Civil Veterinary Dept. Assam report 1911-1927 - 1911-1927
Year: 1911
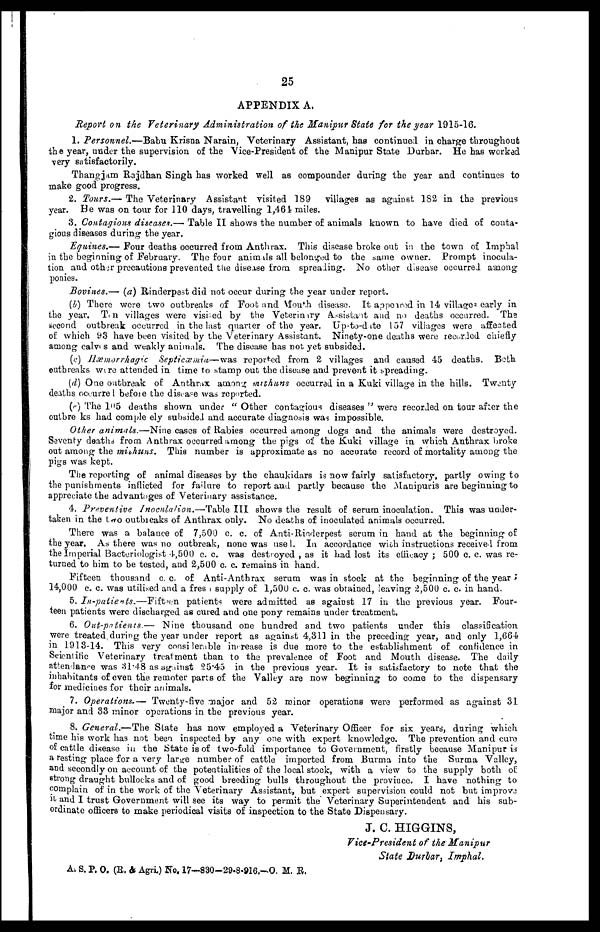
25
APPENDIX A.
Report on the Veterinary Administration of the Manipur State for the year 1915-16.
1. Personnel.—Babu Krisna Narain, Veterinary Assistant, has continued in charge throughout
the year, under the supervision of the Vice-President of the Manipur State Durbar. He has worked
very satisfactorily.
Thangjam Rajdhan Singh has worked well as compounder during the year and continues to
make good progress.
2. Tours.— The Veterinary Assistant visited 189 villages as against 182 in the previous
year. He was on tour for 110 days, travelling 1,464 miles.
3. Contagious disease.— Table II shows the number of animals known to have died of conta-
gious diseases during the year.
Eqiunes.— Four deaths occurred from Anthrax. This disease broke out in the town of Imphal
in the beginning of February. The four animals all belonged to the same owner. Prompt inocula-
tion and other precautions prevented the disease from spreading. No other disease occurred among
ponies.
Bovines.— (a) Rinderpest did not occur during the year under report.
(b) There were two outbreaks of Foot and Mouth disease. It appeimd in 14 villages early in
the year. Te n villages were visited by the Veterimry Assistant and no deaths occurred. The
second outbreak occurred in the last quarter of the year. Up-to-date 157 villages were affected
of which 93 have been visited by the Veterinary Assistant. Ninety-one deaths were recorded chiefly
among calves and weakly animals. The disease has not yet subsided.
(c) Hæmorrhagic Septicæmia—was reported from 2 villages and caused 45 deaths. Both
outbreaks were attended in time to stamp out the disease and prevent it spreading.
(d) One outbreak of Anthrax among mithuns occurred in a Kuki village in the hills. Twenty
deaths occurre 1 before the disease was reported.
(e) The 105 deaths shown under " Other contagious diseases " were recorded on tour after the
outbreks had comple ely subsided and accurate diagnosis was impossible.
Other animals.—Nine cases of Rabies occurred among dogs and the animals were destroyed.
Seventy deaths from Anthrax occurred among the pigs of the Kuki village in which Anthrax broke
out among the michuns. This number is approximate as no accurate record of mortality among the
pigs was kept.
The reporting of animal diseases by the chaukidars is now fairly satisfactory, partly owing to
the punishments inflicted for failure to report and partly because the Manipuris are beginning to
appreciate the advantages of Veterinary assistance.
4. Preventive Inoculation.—Table III shows the result of serum inoculation. This was under-
taken in the two outbreaks of Anthrax only. No deaths of inoculated animals occurred.
There was a balance of 7,500 c. c. of Anti-Rinderpest serum in hand at the beginning of
the year. As there was no outbreak, none was usel. In accordance with instructions receive 1 from
the Imperial Bacteriologist 4,500 c. c. was destroyed , as it had lost its effieacy ; 500 c. c. was re-
turned to him to be tested, and 2,500 c. c. remains in hand.
Fifteen thousand c. c. of Anti-Anthrax serum was in stock at the beginning of the year ;
14,000 c. c. was utilised and a fresh supply of 1,500 c. c. was obtained, leaving 2,500 c. c. in hand.
5. In-patients.—Fifteen
patients were admitted as against 17 in the previous year. Four-
teen patients were discharged as cured and one pony remains under treatment.
6. Out-patients.— Nine thousand one hundred and two patients under this classification
were treated during the year under report as against 4,311 in the preceding year, and only 1,664
in 1918-14. This very considerable increase is due more to the establishment of confidence in
Scientific Veterinary treatment than to the prevalence of Foot and Mouth disease. The daily
attendance was 31.48 as against 25.45 in the previous year. It is satisfactory to note that the
inhabitants of even the remoter parts of the Valley are now beginning to come to the dispensary
for medicines for their animals.
7. Operations.— Twenty-five major and 52 minor operations were performed as against 31
major and 33 minor operations in the previous year.
8. General.—The State has now employed a Veterinary Officer for six years, during which
time his work has not been inspected by any one with expert knowledge. The prevention and cure
of cattle disease in the State is of two-fold importance to Government, firstly because Manipur is
a resting place for a very large number of cattle imported from Burma into the Surma Valley,
and secondly on account of the potentialities of the local stock, with a view to the supply both of
strong draught bullocks and of good breeding bulls throughout the province. I have nothing to
complain of in the work of the Veterinary Assistant, but expert supervision could not but improve
it and I trust Government will see its way to permit the Veterinary Superintendent and his sub-
ordinate officers to make periodical visits of inspection to the State Dispensary.
J. C. HIGGINS,
Vice-President of the Manipur
State Durbar, Imphal.
A.S. P. O. (R & Agri) No. 17—830-29-8-916.––O. M. R.